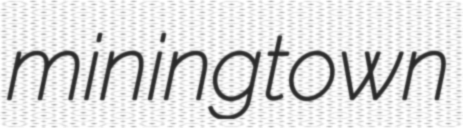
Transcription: mining town